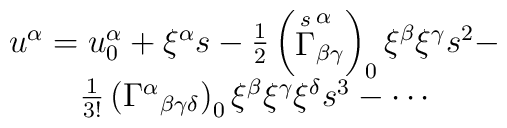
\begin{array}{c}u^\alpha =u_0^\alpha +\xi ^\alpha s-\frac 12\left( \stackrel{s}{\Gamma }_{\beta \gamma }^\alpha \right) _0\xi ^\beta \xi^\gamma s^2- \\ \frac 1{3!}\left( \Gamma ^\alpha {}_{\beta \gamma \delta}\right) _0\xi ^\beta \xi ^\gamma \xi ^\delta s^3-\cdots \end{array}